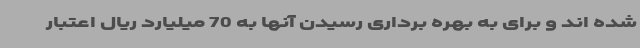
شده اند و برای به بهره برداری رسیدن آنها به 70 میلیارد ریال اعتبار